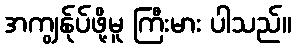
အကျွန်ုပ်ဖို့မူ ကြီးမား ပါသည်။